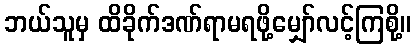
ဘယ်သူမှ ထိခိုက်ဒဏ်ရာမရဖို့မျှော်လင့်ကြစို့။